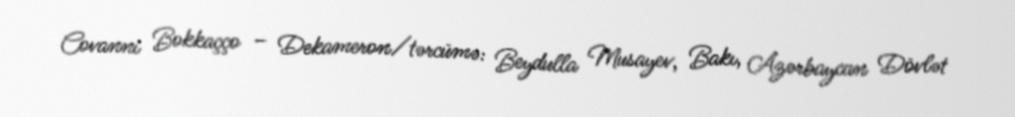
Covanni Bokkaçço – Dekameron/tərcümə: Beydulla Musayev, Bakı, Azərbaycan Dövlət